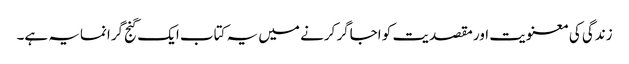
زندگی کی معنویت اور مقصدیت کو اجاگر کرنے میں یہ کتاب ایک گنج گرانمایہ ہے۔